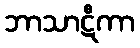
ဘာသာဋီကာ